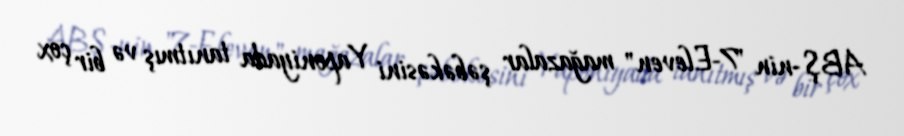
ABŞ-nin "7-Eleven" mağazalar şəbəkəsini Yaponiyada tanıtmış və bir çox